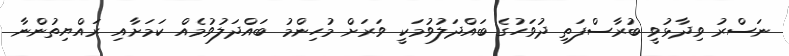
ނަސްރު ވިދާޅުވީ ބުރާސްފަތި ދުވަހުގެ ބައްދަލުވުމަކީ ވަރަށް މުހިންމު ބައްދަލުވުމެއް ކަމަށާއި ރައްޔިތުންނާ